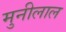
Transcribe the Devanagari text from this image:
मुनीलाल